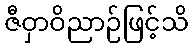
ဇီဝှာဝိညာဉ်ဖြင့်သိ